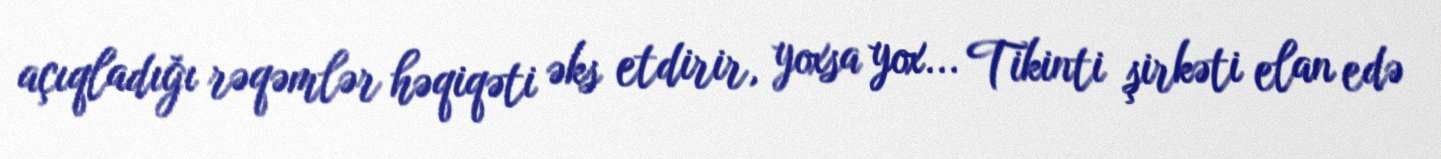
açıqladığı rəqəmlər həqiqəti əks etdirir, yoxsa yox... Tikinti şirkəti elan edə